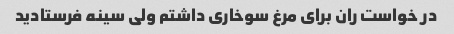
در خواست ران برای مرغ سوخاری داشتم ولی سینه فرستادید